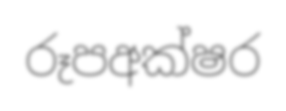
රූපඅක්ෂර